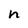
Character: n